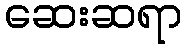
ဆေးဆရာ